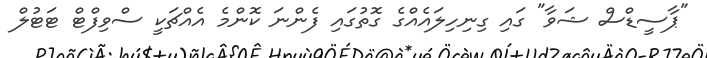
"ޕާސީޑްސް ޝަވާ" ގައި ގިނިހިލައެއްގެ ގޮތުގައި ފެންނަ ކޮންމެ އެއްޗަކީ ސްވިފްޓް ޓަޓުލް